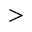
>